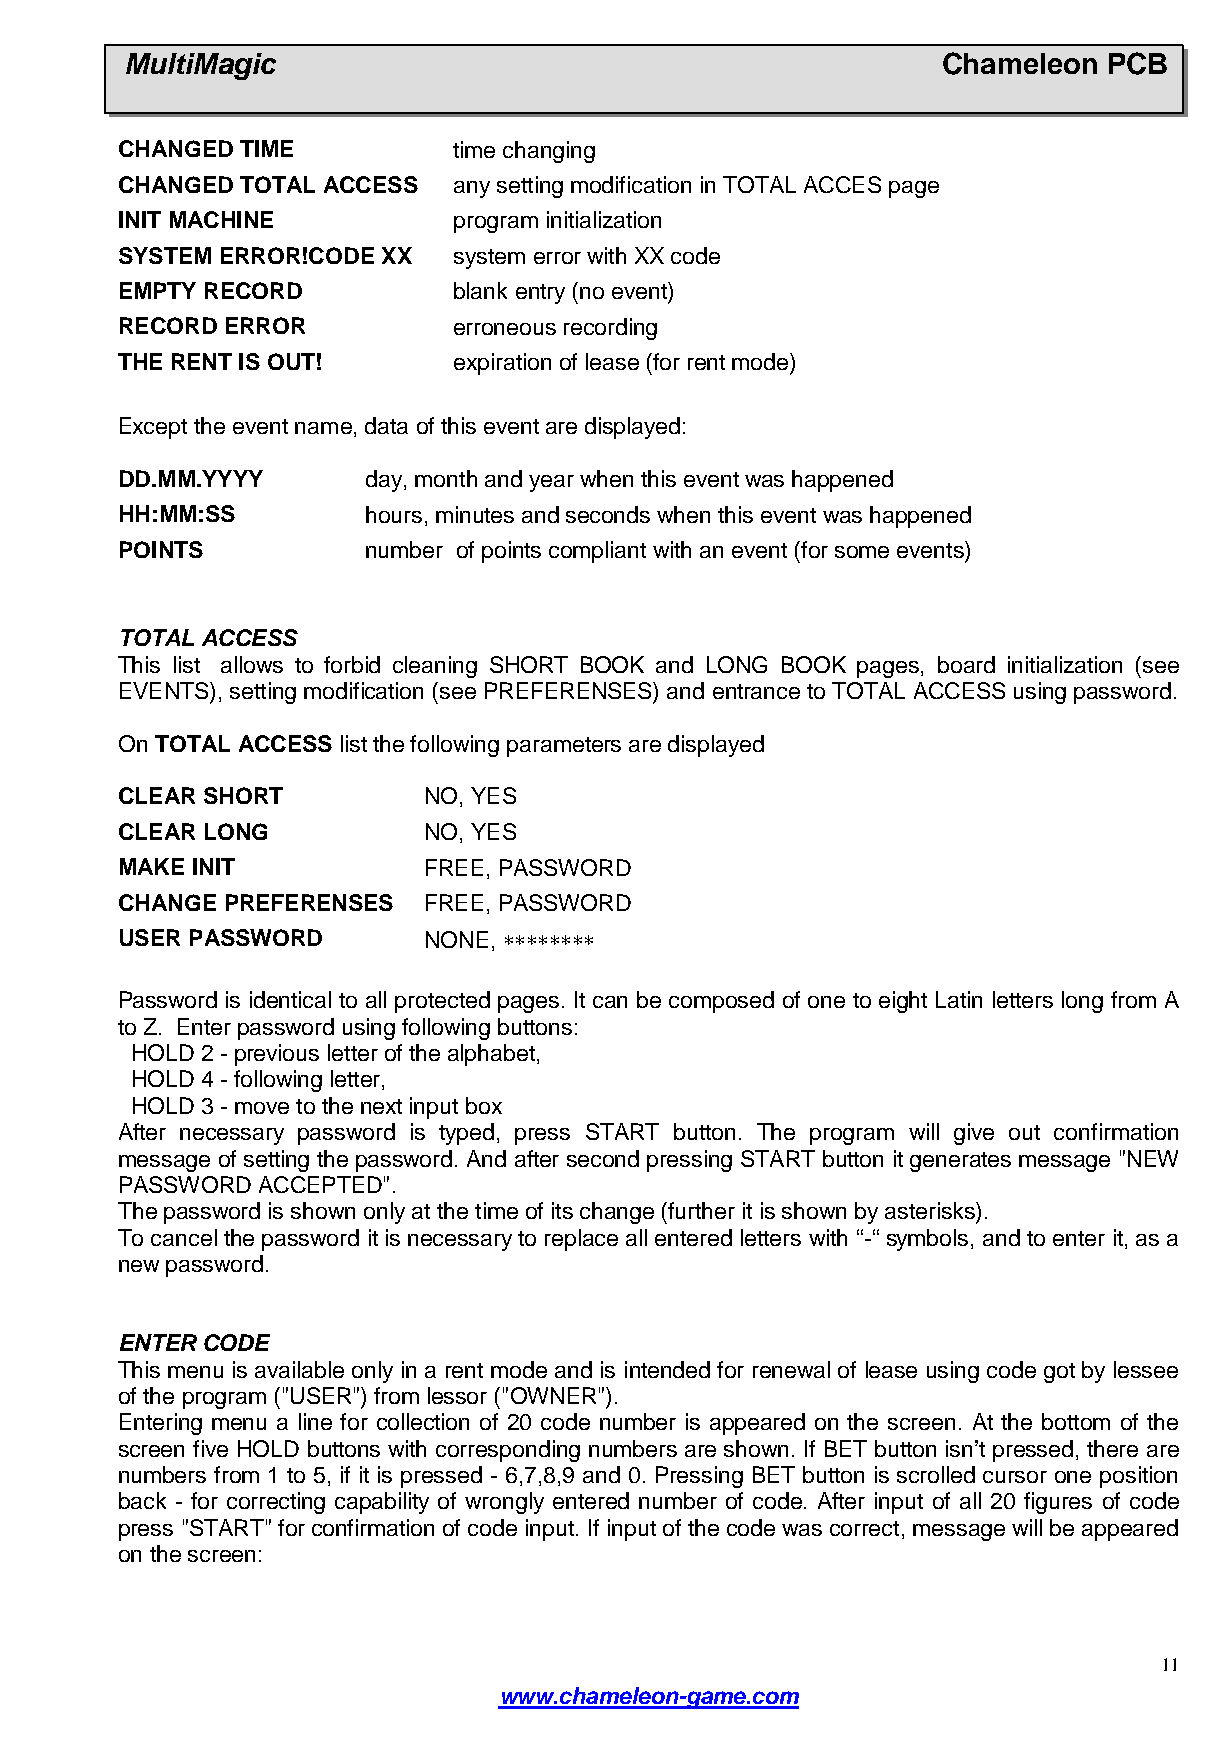
MultiMagic                                            Chameleon  PCB
 CHANGED TIME          time changing
 CHANGED TOTAL ACCESS  any setting modification in TOTAL ACCES page
 INITMACHINE           program initialization
 SYSTEM ERROR!CODE XX  system error with XX code
 EMPTYRECORD           blank entry (no event)
 RECORD ERROR          erroneous recording
 THE RENT IS OUT!      expiration of lease (for rent mode)
 Except the event name, data of this event are displayed:
 DD.MM.YYYY      day, month and year when this event was happened
 HH:MM:SS        hours, minutes and seconds when this event was happened
 POINTS          number of points compliant with an event (for some events)
 TOTAL ACCESS
 This list allows to forbid cleaning SHORT BOOK and LONG BOOK pages, board initialization (see
 EVENTS), setting modification (see PREFERENSES) and entrance to TOTAL ACCESS using password.
 On TOTAL ACCESS list the following parameters are displayed
 CLEAR SHORT         NO, YES
 CLEAR LONG          NO, YES
 MAKE INIT           FREE, PASSWORD
 CHANGE PREFERENSES  FREE, PASSWORD
 USER PASSWORD       NONE, * * * * * * * *
 Password is identical to all protected pages. It can be composed of one to eight Latin letters long from A
 to Z. Enter password using following buttons:
 HOLD 2- previous letter of the alphabet,
 HOLD 4- following letter,
 HOLD 3- move to the next input box
 After necessary password is typed, press START button. The program will give out confirmation
 message of setting the password. And after second pressing START button it generates message"NEW
 PASSWORD ACCEPTED".
 The password is shownonly at the time of its change (further it is shown by asterisks).
 To cancel the password it is necessary to replace all entered letters with “-“ symbols, and to enter it, as a
 new password.
 ENTERCODE
 This menu is available only in a rent mode and is intended for renewal of lease using code got by lessee
 of the program ("USER") from lessor ("OWNER").
 Entering menu a line for collection of 20 code number is appeared on the screen. At the bottom of the
 screen five HOLD buttons with corresponding numbers are shown. If BET button isn’t pressed, there are
 numbers from 1 to 5, if it is pressed - 6,7,8,9 and 0. Pressing BET button is scrolled cursor one position
 back - for correcting capability of wrongly entered number of code. After input of all 20 figures of code
 press "START" for confirmation of code input. If input of the code was correct, message will be appeared
 on the screen:
 11
 www.chameleon-game.com